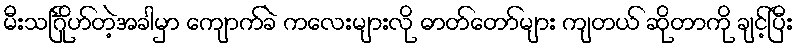
မီးသင်္ဂြိုဟ်တဲ့အခါမှာ ကျောက်ခဲ ကလေးများလို ဓာတ်တော်များ ကျတယ် ဆိုတာကို ချင့်ပြီး